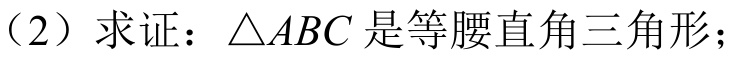
（2）求证：\(\triangle ABC\)是等腰直角三角形；